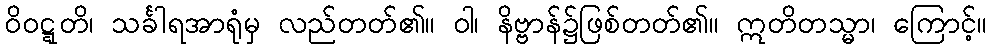
ဝိဝဋ္ဋတိ၊ သင်္ခါရအာရုံမှ လည်တတ်၏။ ဝါ၊ နိဗ္ဗာန်၌ဖြစ်တတ်၏။ ဣတိတသ္မာ၊ ကြောင့်။